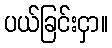
ပယ်ခြင်းငှာ။